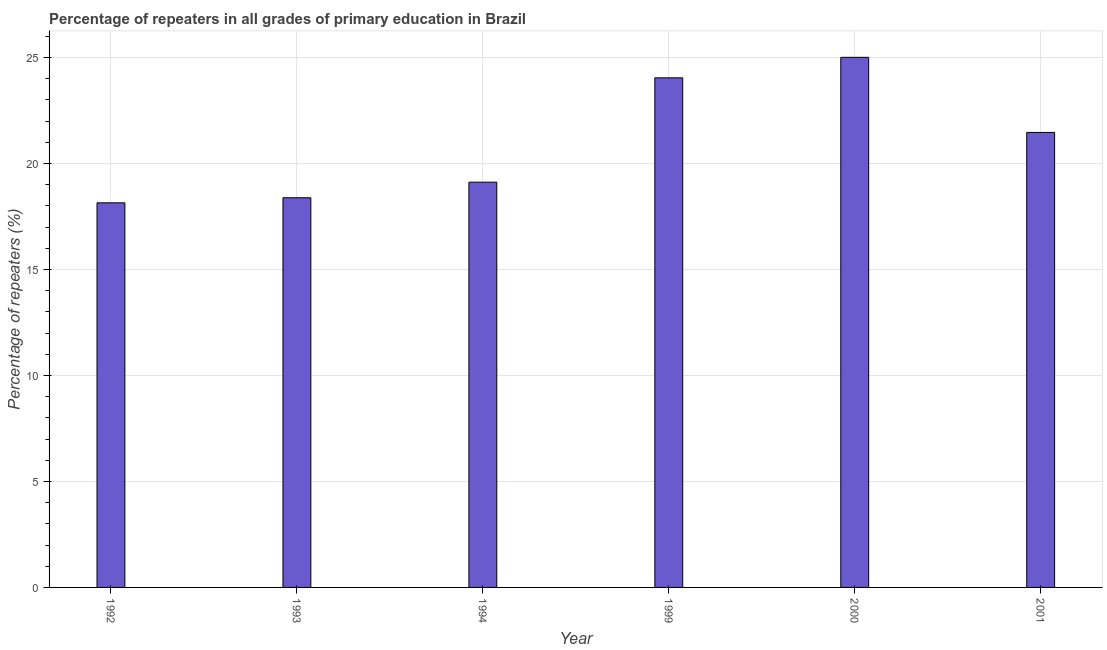
| Year | Repeaters in primary education |
 | --- | --- |
 | 1992 | 18.1 |
 | 1993 | 18.4 |
 | 1994 | 19.1 |
 | 1999 | 24 |
 | 2000 | 25 |
 | 2001 | 21.5 |